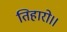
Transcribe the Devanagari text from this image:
तिहारो।।